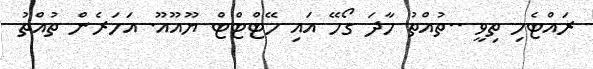
ރައްޓެހި ތިވީ ..ތުއްތު ހާދަ ގޯހޭ އައި ހޭޓްޓްޓް ޔޫއޫއޫ. އަހަރެން ތުއްތު